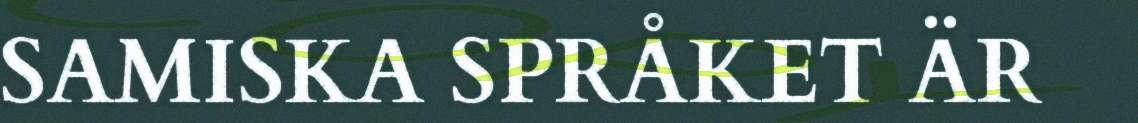
SAMISKA SPRÅKET ÄR